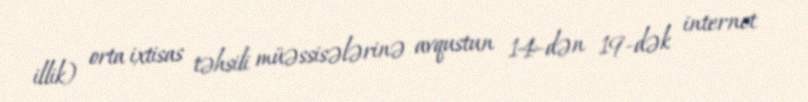
illik) orta ixtisas təhsili müəssisələrinə avqustun 14-dən 19-dək internet